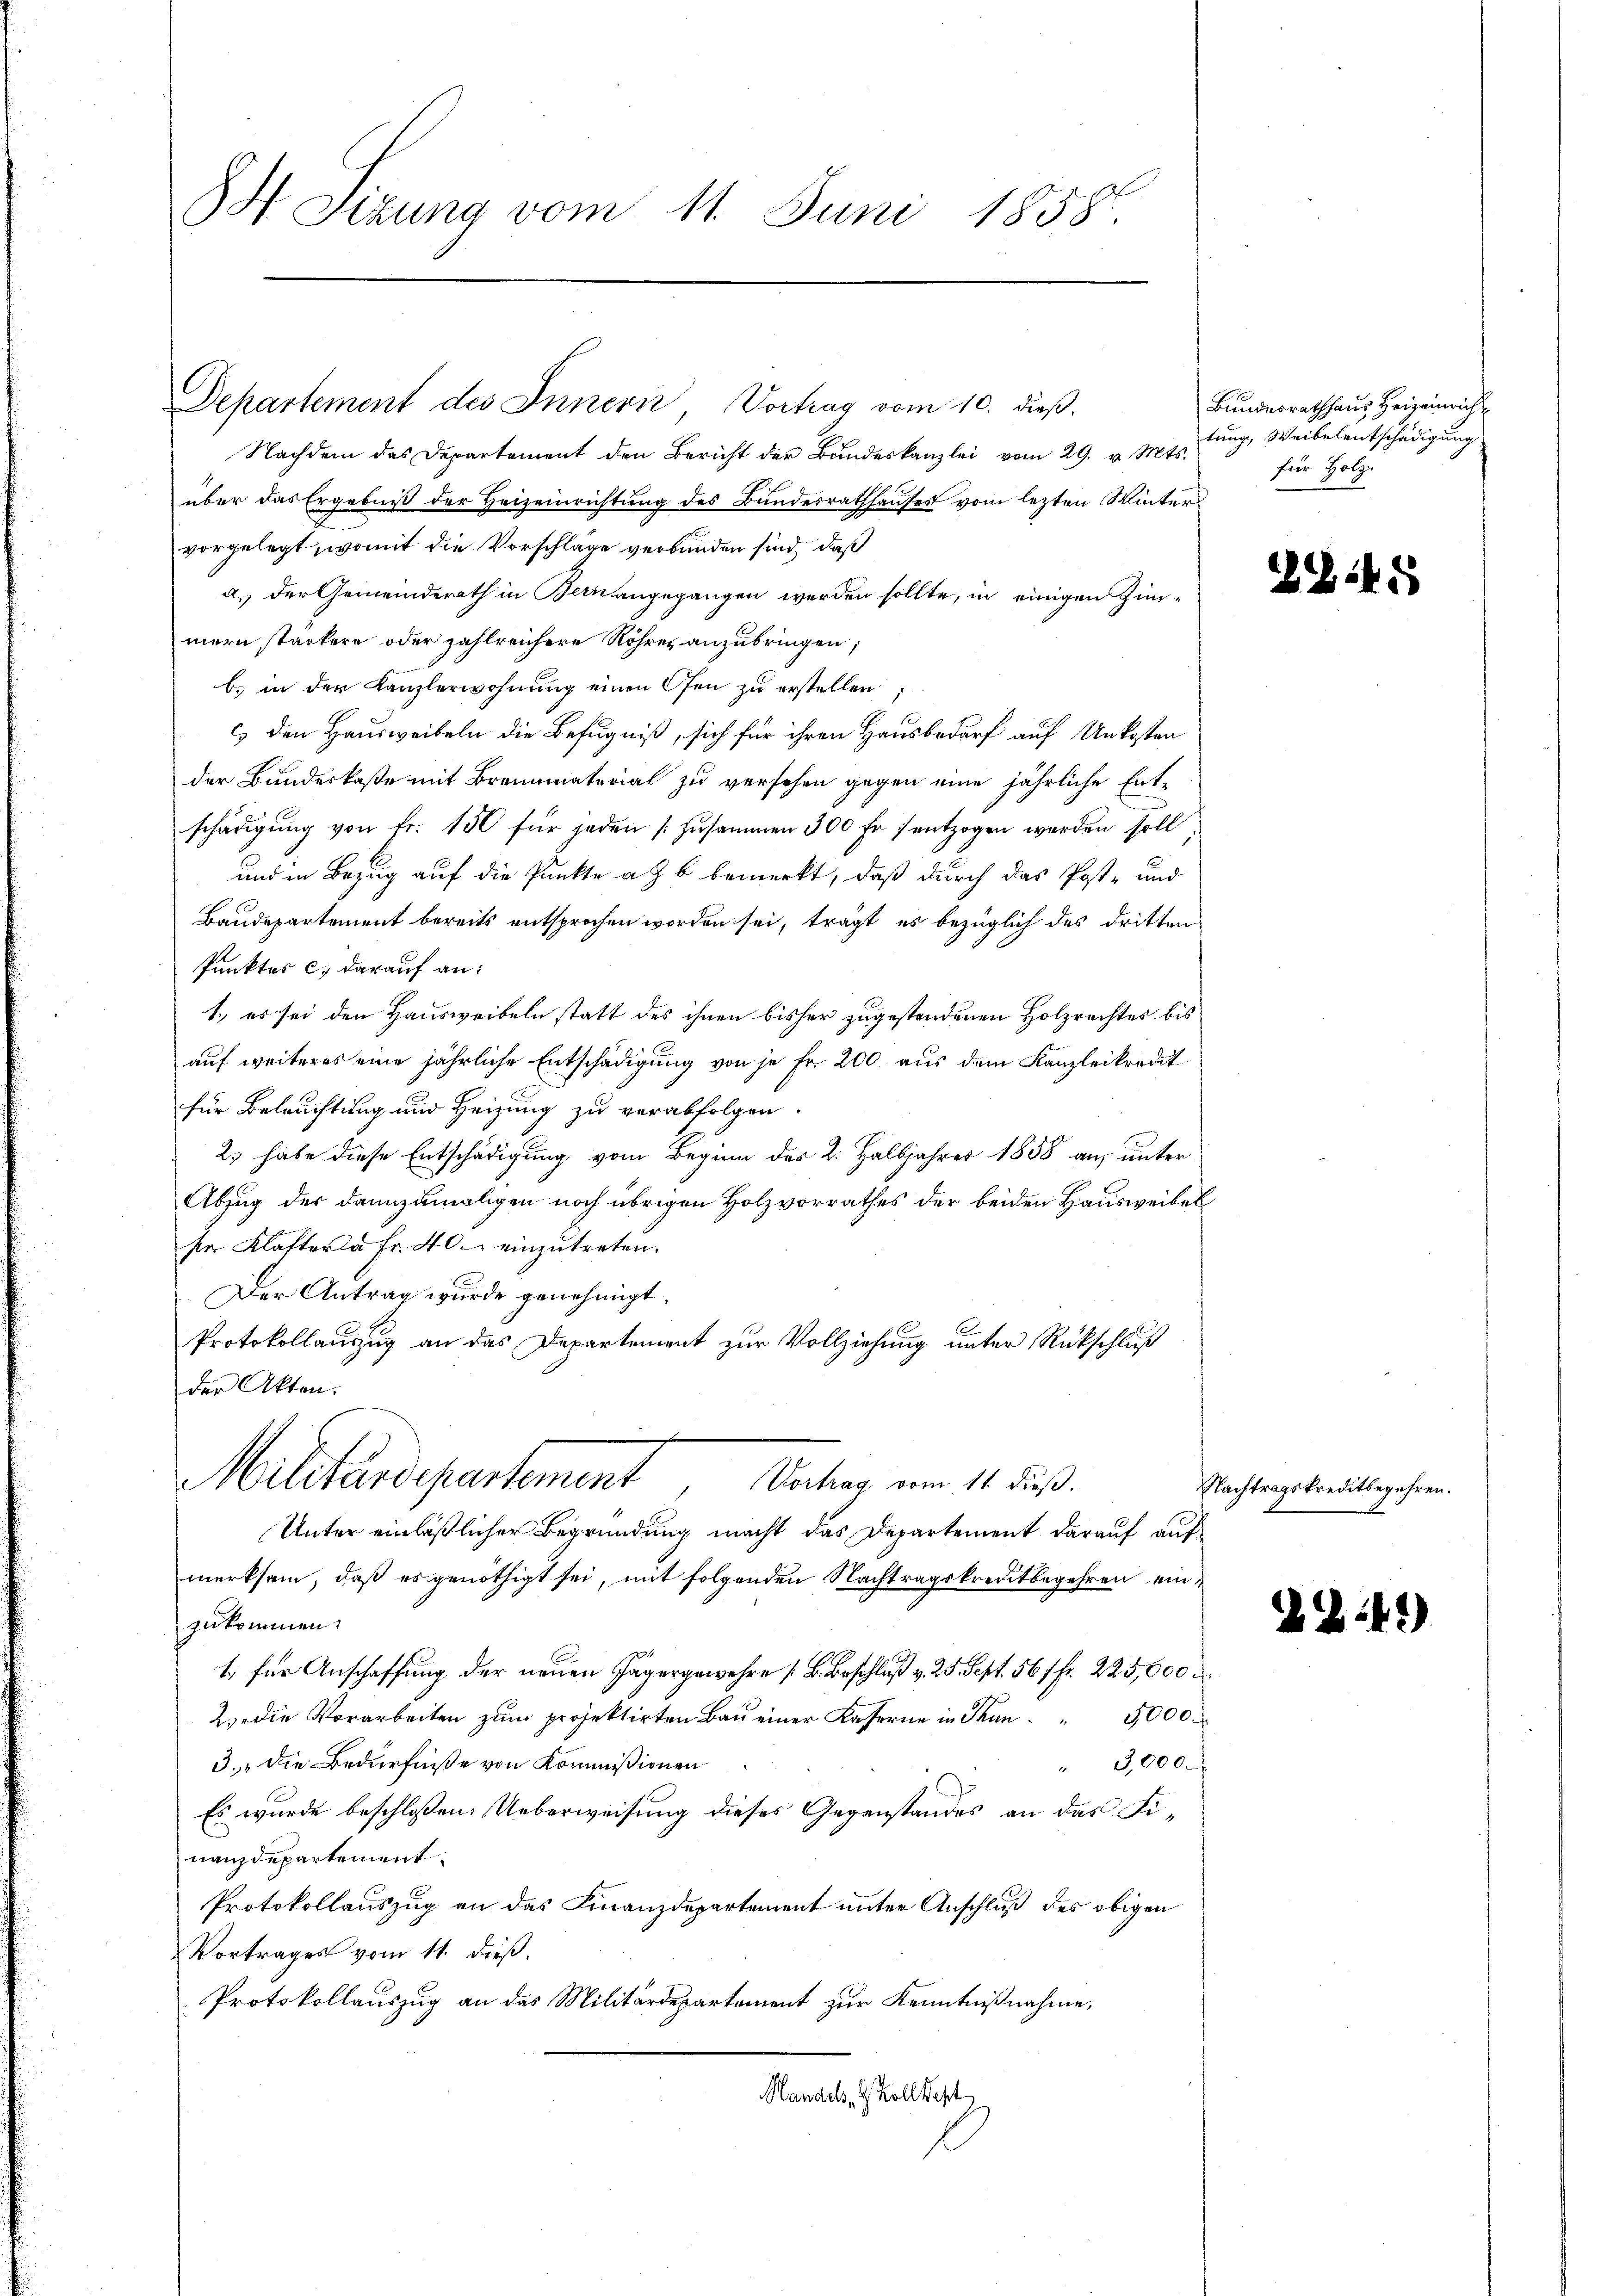
Sizung vom 11. Juni 1858.

Departement des Innern Vortrag vom 10. dieß.

Nachdem das Departement den Bericht der Bŭndeskanzlei vom 29. v. Mts.
über das Ergebniß der Heizeinrichtung des Bundesrathhauses vom lezten Wintervorgelegt, womit die Vorschläge verbunden sind, daß
a. der Gemeinderath in Bern angegangen werden sollte, in einigen Zimmern starkern oder zahlreichere Röhres anzubringen;
b. in der Kanzlerwohnung einen Ofen zu erstellen;
c) den Hausweibeln die Befugniß, sich für ihren Hausbedarf auf Unkosten
der Bundeskaße mit Brennmaterial zu versehen gegen eine jährliche Entschädigung von Fr. 150 für jeden [zusammen 300 Fr. 1 entzogen werden soll.
und in Bezug auf die Punkte a b bemerkt, daß durch das Post- und
Baudepartement bereits entsprochen worden sei, trägt es bezüglich des dritten
Punktes c. darauf an:
1.) es sei den Hausweibeln statt des ihnen bisher zugestandenen Holzrachtes bis
auf weiteres eine jährliche Entschädigung von je Fr. 200. aus dem Kanzleikredit
für Belauchtung und Heizung zu verabfolgen.
2. habe diese Entschädigung vom Beginn des 2. Halbjahrer 1858 aus unter
Abzug der dannzumaligen noch übrigen Holzvorrathes der beiden Hausweibel
se Klafteria Fr. 40 einzutreten.
Der Antrag wurde genehmigt.
Protokollauszug an das Departement zur Vollziehung unter Rückschluß
der Akten.
Militärdepartement
Vortrag vom 11 dieß.
Unter einläßlicher Begründung macht das Departement darauf auf
merksam, daß es genöthigt sei, mit folgenden Nachtragskreditbegehren einzukommen.
1) für Anschaffung der neuen Jägergewehre B. Beschluß v. 25. Sept. 561 fr. 223,600
2. die Vorarbeiten zum projektirten Bau einer Kaserne in Fran¬
5,000
3. Die Bedürfniße von Kommissionen
" 3,000.
Es wurde beschlossen: Ueberweisung dieses Gegenstandes an das Finanzdepartement.
Protokollauszug an das Finanzdepartement unter Anschluß des obigen
Vortrages vom 11. dieß.
Protokollauszug an das Militärdepartament zur Kenntnißnahme,
Handels, d. Koll kost

Bundesrathhaus Heizeinrich
tung, Weibelentschädigung
für Holz

28145

Nachtragskreditbegehren.

28:41)